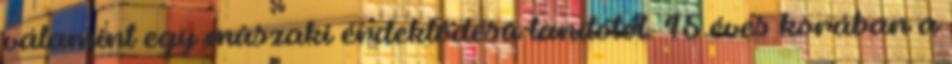
valamint egy mûszaki érdeklôdésû tanítótól. 15 éves korában a